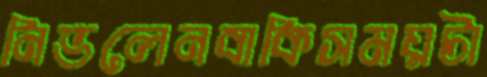
নিভলেনবাকিসময়টা